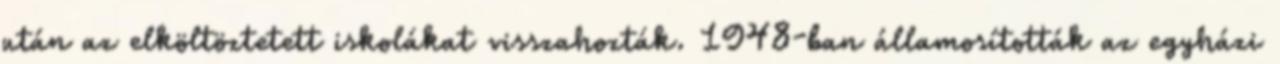
után az elköltöztetett iskolákat visszahozták. 1948-ban államosították az egyházi